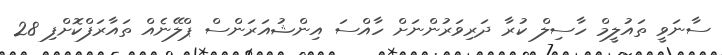
ސާނަވީ ތައުލީމް ހާސިލް ކުރާ ދަރިވަރުންނަށް ހާއްސަ އިންޝުއަރަންސް ޕްލޭނެއް ތައާރަފްކޮށްފި 28